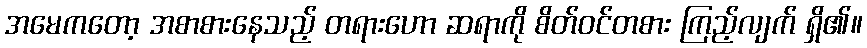
အမေကတော့ အစာစားနေသည့် တရားဟော ဆရာကို စိတ်ဝင်တစား ကြည့်လျက် ရှိ၏။